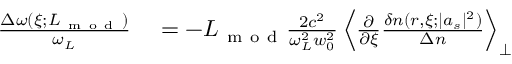
\begin{array} { r l } { \frac { \Delta \omega ( \xi ; L _ { \mathrm { ~ m ~ o ~ d ~ } } ) } { \omega _ { L } } } & { { } = - L _ { \mathrm { ~ m ~ o ~ d ~ } } \frac { 2 c ^ { 2 } } { \omega _ { L } ^ { 2 } w _ { 0 } ^ { 2 } } \left\langle \frac { \partial } { \partial \xi } \frac { \delta n ( r , \xi ; | a _ { s } | ^ { 2 } ) } { \Delta n } \right\rangle _ { \perp } } \end{array}